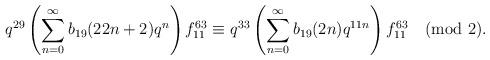
LaTeX: \begin{align*}q^{29}\left(\sum_{n=0}^{\infty}b_{19}(22n+2)q^{n}\right)f^{63}_{11}\equiv q^{33}\left(\sum_{n=0}^{\infty}b_{19}(2n)q^{11n}\right)f^{63}_{11}\pmod 2.\end{align*}